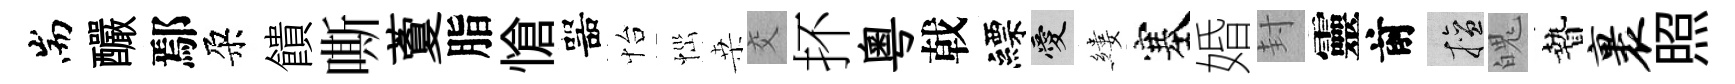
耑釅鄢朶饋嘶藑脂愴噐怡𢙉桒交抔粵戟縹愛縷塞婚封靈前擅魄贄裹照